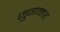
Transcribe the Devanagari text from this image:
जुगन्तर